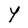
Character: Y